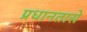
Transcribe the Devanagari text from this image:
प्रधानतासे